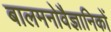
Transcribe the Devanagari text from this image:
बालमनोवैज्ञानिकों